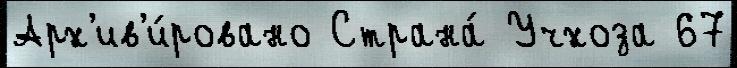
Арх'ив'и́ровано Страна́ Учхоза 67